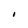
Character: I